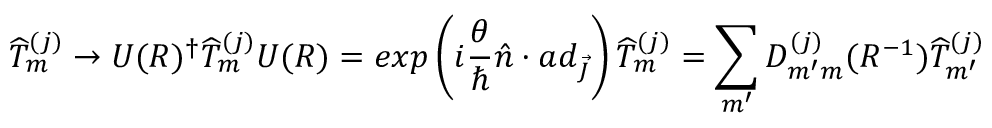
{ \widehat { T } } _ { m } ^ { ( j ) } \rightarrow U ( R ) ^ { \dagger } { \widehat { T } } _ { m } ^ { ( j ) } U ( R ) = e x p \left( { i { \frac { \theta } { \hbar } } { \hat { n } } \cdot a d _ { \vec { J } } } \right) { \widehat { T } } _ { m } ^ { ( j ) } = \sum _ { m ^ { \prime } } D _ { m ^ { \prime } m } ^ { ( j ) } ( R ^ { - 1 } ) { \widehat { T } } _ { m ^ { \prime } } ^ { ( j ) }